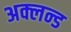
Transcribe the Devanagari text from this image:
अक्लन्ड